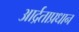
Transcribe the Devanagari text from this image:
आर्द्रताप्रधान